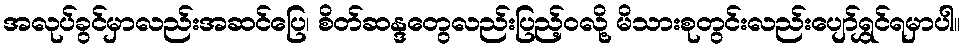
အလုပ်ခွင်မှာလည်းအဆင်ပြေ၊ စိတ်ဆန္ဒတွေလည်းပြည့်ဝလို့ မိသားစုတွင်းလည်းပျော်ရွှင်ရမှာပါ။